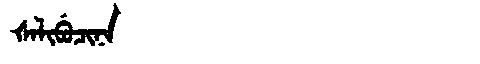
Manchu: ᡧᠠᠯᡳᠪᡠᠴᡳᠨᠠ
Romanization: ŠALIBUCINA